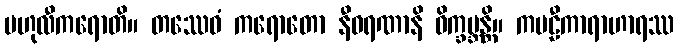
ဗဟုလီကရောတိ။ တဿေဝံ ကရောတော နီဝရဏာနိ ဝိက္ခမ္ဘန္တိ။ ကဗဠီကာရာဟာရဿ